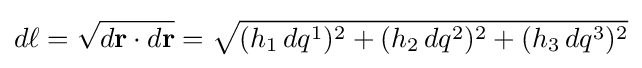
d\ell ={\sqrt {d\mathbf {r} \cdot d\mathbf {r} }}={\sqrt {(h_{1}\,dq^{1})^{2}+(h_{2}\,dq^{2})^{2}+(h_{3}\,dq^{3})^{2}}}